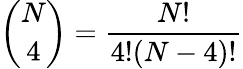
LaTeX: {\binom{N}{4}}=\frac{N!}{4!(N-4)!}